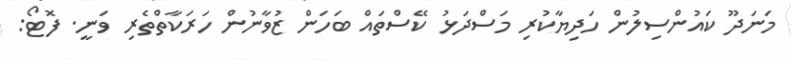
މަނަދޫ ކައުންސިލުން ހަދިޔާކުރި މަސްދަޅު ކޭސްތައް ބަހަން ޒުވާނުން ހަރަކާތްތެރި ވަނީ. ފޮޓޯ: